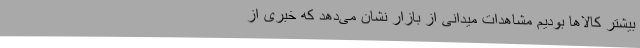
بیشتر کالاها بودیم مشاهدات میدانی از بازار نشان می‌دهد که خبری از